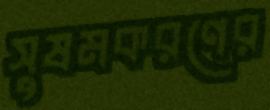
সুষমকরণের